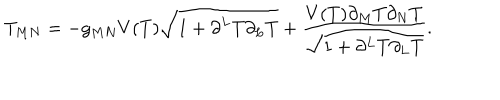
T _ { M N } = - g _ { M N } V ( T ) \sqrt { 1 + \partial ^ { L } T \partial _ { L } T } + \frac { V ( T ) \partial _ { M } T \partial _ { N } T } { \sqrt { 1 + \partial ^ { L } T \partial _ { L } T } } .